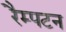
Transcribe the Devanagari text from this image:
रैम्पटन